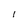
Character: l